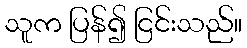
သူက ပြန်၍ ငြင်းသည်။